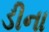
ડીના